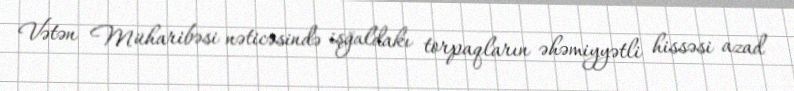
Vətən Müharibəsi nəticəsində işğaldakı torpaqların əhəmiyyətli hissəsi azad